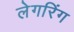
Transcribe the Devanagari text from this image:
लेगरिंग